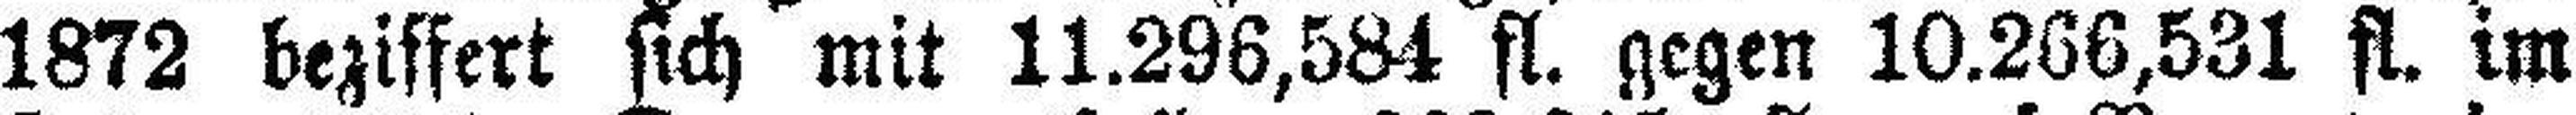
1872 beziffert sich mit 11.296,584 fl. gegen 10.266,531 fl. im